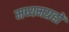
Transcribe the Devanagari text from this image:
मध्यमग्रहों